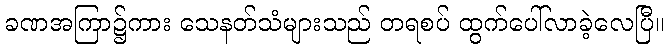
ခဏအကြာ၌ကား သေနတ်သံများသည် တရစပ် ထွက်ပေါ်လာခဲ့လေပြီ။